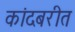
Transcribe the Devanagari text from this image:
कांदबरीत